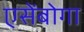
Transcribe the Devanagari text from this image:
एसेंबोगा